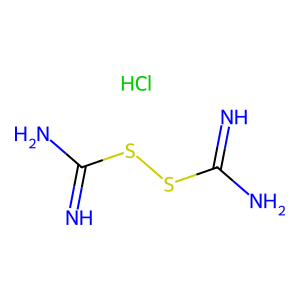
SMILES: Cl.N=C(N)SSC(=N)N
Inhibits HIV replication: Yes